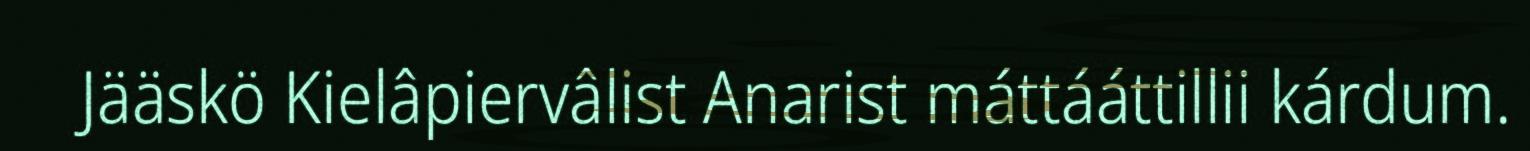
Jääskö Kielâpiervâlist Anarist máttááttillii kárdum.